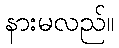
နားမလည်။